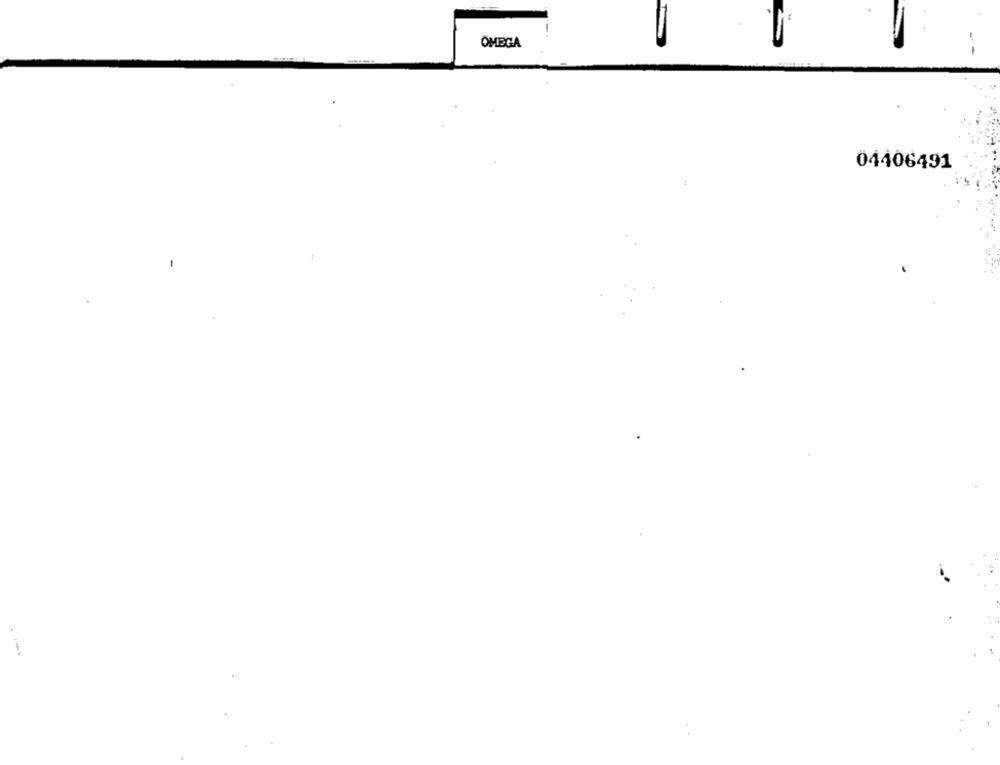
OMEGA
04406491